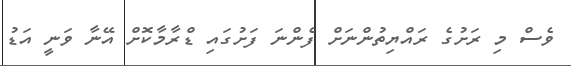
ވެސް މި ރަށުގެ ރައްޔިތުންނަށް ފެންނަ ފަށުގައި ޑްރާމާކޮށް އޭނާ ވަނީ އަޑު